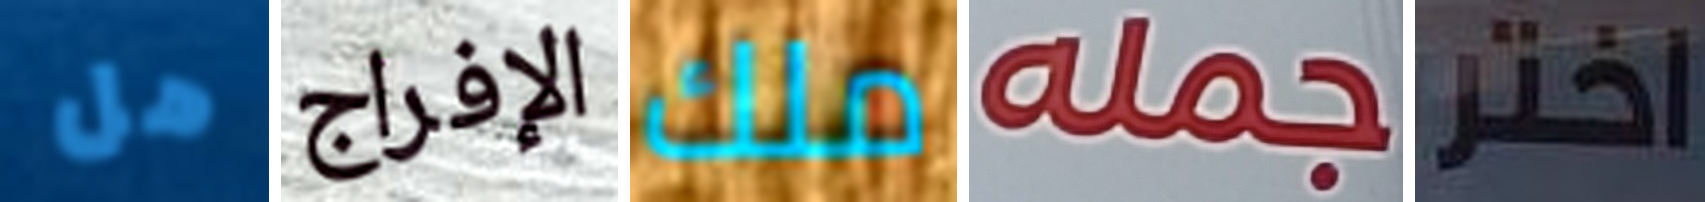
هل الإفراج ملك جمله اختر